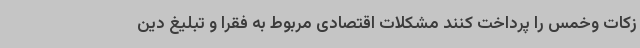
زکات وخمس را پرداخت کنند مشکلات اقتصادی مربوط به فقرا و تبلیغ دین